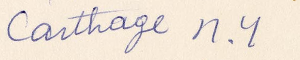
Carthage N.Y